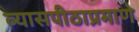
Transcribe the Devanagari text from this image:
व्यासपीठाप्रमाणे